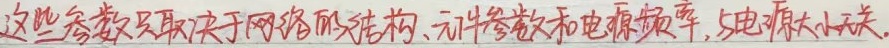
这些参数只取决于网络的结构、元件参数和电源频率，与电源大小无关。